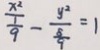
\frac { x ^ { 2 } } { \frac { 1 } { 9 } } - \frac { y ^ { 2 } } { \frac { 5 } { 9 } } = 1